Report on the Civil Veterinary Department, Eastern Bengal and Assam - 1907-1911
Year: 1907
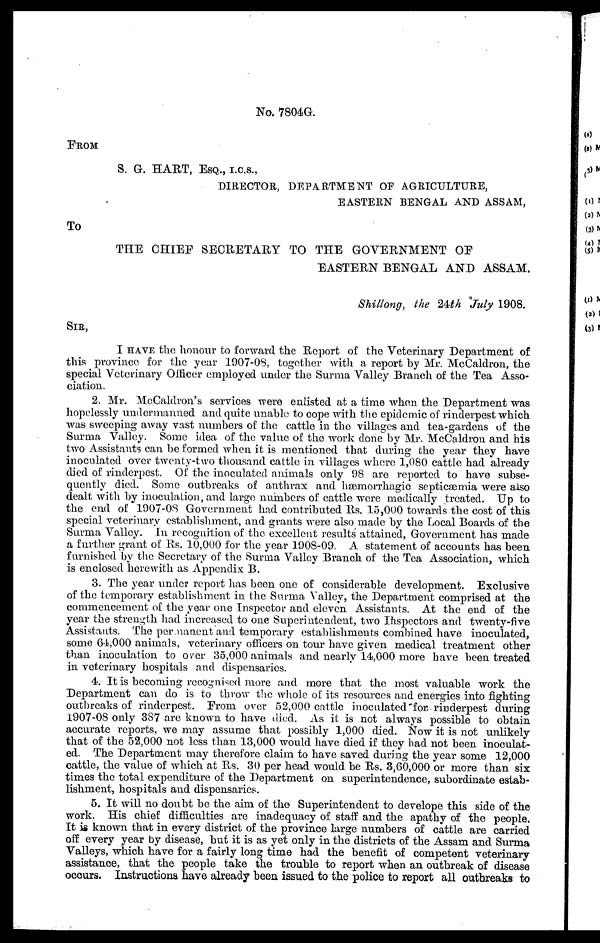
No. 7804G.
FROM
S. G. HART, ESQ., I.C.S.,
DIRECTOR, DEPARTMENT OF AGRICULTURE,
EASTERN BENGAL AND ASSAM,
To
THE CHIEF SECRETARY TO THE GOVERNMENT OF
EASTERN BENGAL AND ASSAM,
Shillong, the 24th July 1908.
SIR,
I HAVE the honour to forward the Report of the Veterinary Department of
this province for the year 1907-08, together with a report by Mr. McCaldron, the
special Veterinary Officer employed under the Surma Valley Branch of the Tea Asso-
ciation.
2. Mr. McCaldron's services were enlisted at a time when the Department was
hopelessly undermanned and quite unable to cope with the epidemic of rinderpest which
was sweeping away vast numbers of the cattle in the villages and tea-gardens of the
Surma Valley. Some idea of the value of the work done by Mr. McCaldron and his
two Assistants can be formed when it is mentioned that during the year they have
inoculated over twenty-two thousand cattle in villages where 1,080 cattle had already
died of rinderpest. Of the inoculated animals only 98 are reported to have subse-
quently died. Some outbreaks of anthrax and hæmorrhagic septicæmia were also
dealt with by inoculation, and large numbers of cattle were medically treated. Up to
the end of 1907-08 Government had contributed Rs. 15,000 towards the cost of this
special veterinary establishment, and grants were also made by the Local Boards of the
Surma Valley. In recognition of the excellent results attained, Government has made
a further grant of Rs. 10,000 for the year 1908-09. A statement of accounts has been
furnished by the Secretary of the Surma Valley Branch of the Tea Association, which
is enclosed herewith as Appendix B.
3. The year under report has been one of considerable development. Exclusive
of the temporary establishment in the Surma Valley, the Department comprised at the
commencement of the year one Inspector and eleven Assistants. At the end of the
year the strength had increased to one Superintendent, two Inspectors and twenty-five
Assistants. The permanent and temporary establishments combined have inoculated,
some 64,000 animals, veterinary officers on tour have given medical treatment other
than inoculation to over 35,000 animals and nearly 14,000 more have been treated
in veterinary hospitals and dispensaries.
4. It is becoming recognised more and more that the most valuable work the
Department can do is to throw the whole of its resources and energies into fighting
outbreaks of rinderpest. From over 52,000 cattle inoculated for rinderpest during
1907-08 only 387 are known to have died. As it is not always possible to obtain
accurate reports, we may assume that possibly 1,000 died. Now it is not unlikely
that of the 52,000 not less than 13,000 would have died if they had not been inoculat-
ed. The Department may therefore claim to have saved during the year some 12,000
cattle, the value of which at Rs. 30 per head would be Rs. 3,60,000 or more than six
times the total expenditure of the Department on superintendence, subordinate estab-
lishment, hospitals and dispensaries.
5. It will no doubt be the aim of the Superintendent to develope this side of the
work. His chief difficulties are inadequacy of staff and the apathy of the people.
It is known that in every district of the province large numbers of cattle are carried
off every year by disease, but it is as yet only in the districts of the Assam and Surma
Valleys, which have for a fairly long time had the benefit of competent veterinary
assistance, that the people take the trouble to report when an outbreak of disease
occurs. Instructions have already been issued to the police to report all outbreaks to